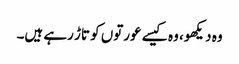
وہ دیکھو، وہ کیسے عورتوں کو تاڑ رہے ہیں۔